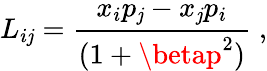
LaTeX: L_{i\mathit{j}}=\frac{{x_{i}p_{\mathit{j}}-x_{\mathit{j}}p_{i}}}{{(1+\betap^{2})}}\; ,